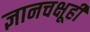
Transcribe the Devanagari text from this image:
ज्ञानचक्षूही